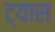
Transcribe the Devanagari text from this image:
ट्यास